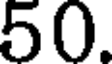
50.